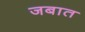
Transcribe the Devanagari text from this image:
जबात